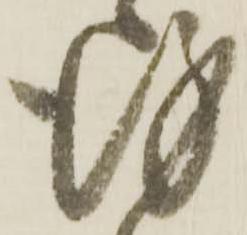
謹